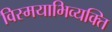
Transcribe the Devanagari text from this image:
विस्मयाभिव्यक्ति